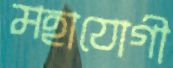
মহাযোগী